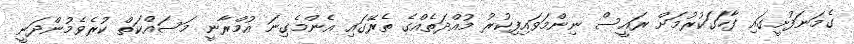
ގެމަނަފުށީގައި ފާހަގަކުރުމަށް ރައީސް ނިންމަވައިފިކުރު މުއްދަތެއްގެ ތެރޭގައި އެންމެގިނަ އުމްރާނީ މަސައްކަތް ކުރެވެމުންދަނީ